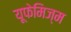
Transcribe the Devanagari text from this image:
यूफेमिज्म